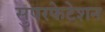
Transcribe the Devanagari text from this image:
सुपरफेटेशन